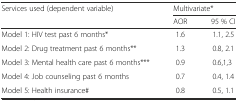
| <ROWSPAN=2> Services used (dependent variable) | <COLSPAN=2> Multivariate* |
 | AOR | 95 % CI |
 | --- | --- | --- |
 | Model 1: HIV test past 6 months* | 1.6 | 1.1, 2.5 |
 | Model 2: Drug treatment past 6 months** | 1.3 | 0.8, 2.1 |
 | Model 3: Mental health care past 6 months*** | 0.9 | 0.6,1,3 |
 | Model 4: Job counseling past 6 months | 0.7 | 0.4, 1.4 |
 | Model 5: Health insurance# | 0.8 | 0.5, 1.1 |